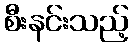
စီးနင်းသည့်